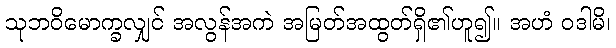
သုဘဝိမောက္ခလျှင် အလွန်အကဲ အမြတ်အထွတ်ရှိ၏ဟူ၍။ အဟံ ဝဒါမိ၊